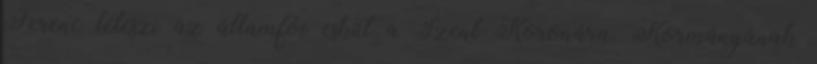
Ferenc leteszi az államfõi esküt a Szent Koronára. Kormányának